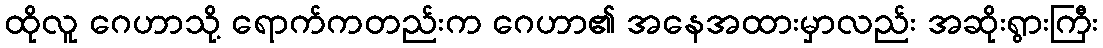
ထိုလူ ဂေဟာသို့ ရောက်ကတည်းက ဂေဟာ၏ အနေအထားမှာလည်း အဆိုးရွားကြီး